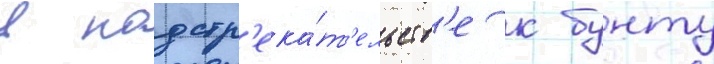
в подстр'ека́т'ельств'е к бунту